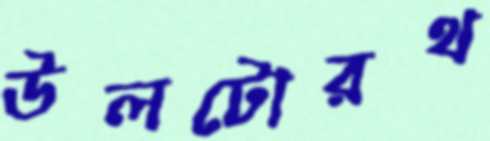
উলটোরথ